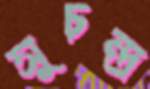
সুচন্দ্র